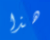
هذا